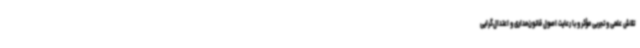
تلاش علمی و تجربی مؤثر و با رعایت اصول قانون‌مداری و اعتدال‌گرایی